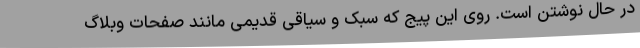
در حال نوشتن است. روی این پیج که سبک و سیاقی قدیمی مانند صفحات وبلاگ